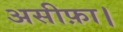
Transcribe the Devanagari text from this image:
असीफ़ा।